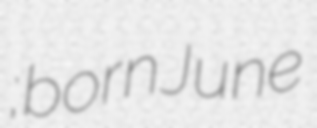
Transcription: Вячеславович Рыбин; born June